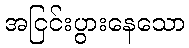
အငြင်းပွားနေသော